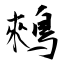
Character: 鶆